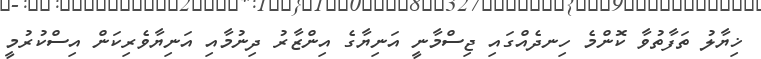
ޚިޔާލު ތަފާތުވާ ކޮންމެ ހިނދެއްގައި ޖިސްމާނީ އަނިޔާގެ އިންޒާރު ދިނުމާއި އަނިޔާވެރިކަން އިސްކުރުމީ